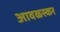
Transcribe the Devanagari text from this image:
आवळस्कर